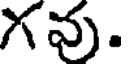
Xవు.